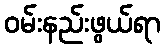
ဝမ်းနည်းဖွယ်ရာ